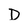
Character: D